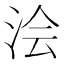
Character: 浍